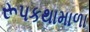
રૂપકથામાળા